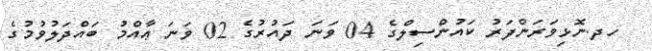
ހދ.ނޮޅިވަރަންފަރު ކައުންސިލްގެ 04 ވަނަ ދައުރުގެ 02 ވަނަ ޢާއްމު ބައްދަލުވުމުގެ